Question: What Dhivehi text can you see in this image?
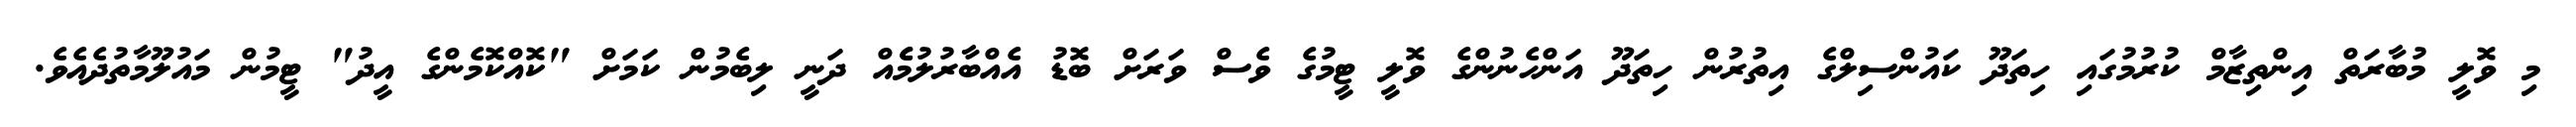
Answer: މި ވޮލީ މުބާރަތް އިންތިޒާމް ކުރުމުގައި ހިތަދޫ ކައުންސިލްގެ އިތުރުން ހިތަދޫ އަންހެނުންގެ ވޮލީ ޓީމުގެ ވެސް ވަރަށް ބޮޑު އެއްބާރުލުމެެއް ދަނީ ލިބެމުން ކަމަށް "ކޮއްކޮމެންގެ އީދު" ޓީމުން މައުލޫމާތުދެއެވެ.